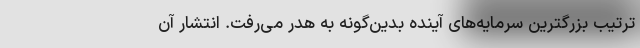
ترتیب بزرگترین سرمایه‌های آینده بدین‌گونه به هدر می‌رفت. انتشار آن